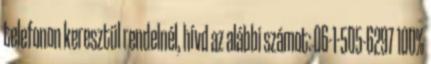
telefonon keresztül rendelnél, hívd az alábbi számot: 06-1-505-6297 100%